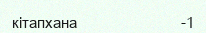
кітапхана                          -1